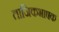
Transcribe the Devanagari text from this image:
ताजिकभाषक